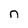
Character: n